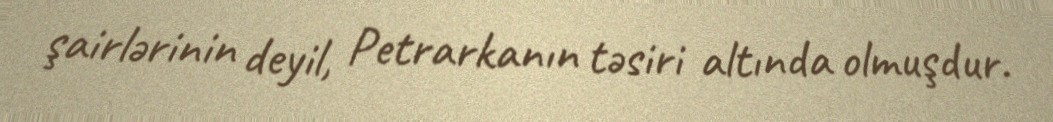
şairlərinin deyil, Petrarkanın təsiri altında olmuşdur.